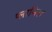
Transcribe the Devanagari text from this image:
प्लानिस